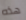
هذه